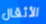
الأثقال